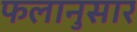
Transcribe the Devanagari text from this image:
फलानुसार